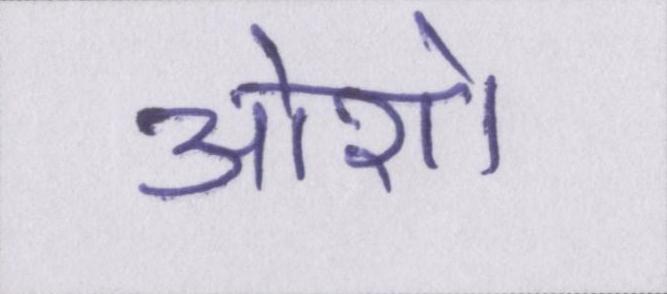
ओशो